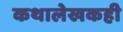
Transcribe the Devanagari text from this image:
कथालेखकही